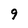
Character: 9